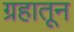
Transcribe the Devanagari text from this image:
ग्रहातून